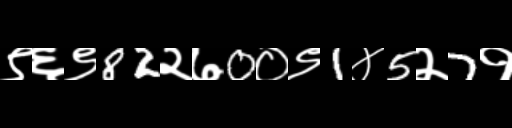
Text: ९६९82२७0०९1४5२7१